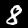
Label: 8